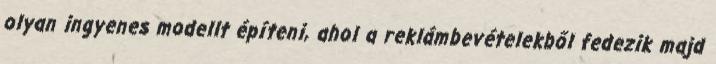
olyan ingyenes modellt építeni, ahol a reklámbevételekből fedezik majd